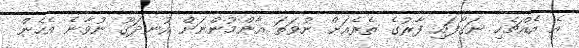
އެ އެއްޗެހި ނަގާފައި ފާރުގެ ތެރެއަށް ނުވަތަ އާންމުންނަށް އުނދަގޫ ނުވާނެ އެހެން